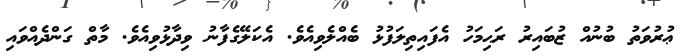
ޢުރުވަތު ބުނުއް ޒުބައިރު ރަޙިމަހު އެފައިތިލަފުޅު ބެއްލެވިއެވެ. އެކަލޭގެފާނު ވިދާޅުވިއެވެ. މާތް ގަންދެއްވައި